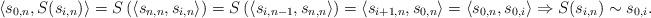
LaTeX: \begin{align*} \langle s_{0,n}, S(s_{i,n}) \rangle = S\left ( \langle s_{n,n}, s_{i,n} \rangle \right ) =S\left ( \langle s_{i,n-1}, s_{n,n} \rangle \right ) = \langle s_{i+1,n}, s_{0,n} \rangle = \langle s_{0,n}, s_{0,i} \rangle \Rightarrow S(s_{i,n}) \sim s_{0,i}. \end{align*}